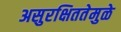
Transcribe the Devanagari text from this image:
असुरक्षिततेमुळे